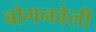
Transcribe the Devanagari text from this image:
बोगनवेली